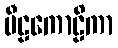
ပီဠကောဠိကာ